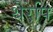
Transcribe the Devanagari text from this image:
थैरेपि